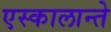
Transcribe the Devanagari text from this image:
एस्कालान्ते